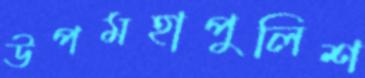
উপমহাপুলিশ